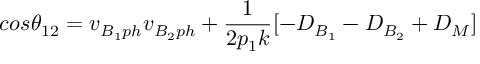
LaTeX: c o s \theta _ { 1 2 } = v _ { B _ { 1 } p h } v _ { B _ { 2 } p h } + \frac { 1 } { 2 p _ { 1 } k } [ - D _ { B _ { 1 } } - D _ { B _ { 2 } } + D _ { M } ]